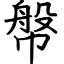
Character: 幋